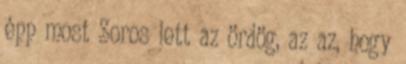
épp most Soros lett az ördög, az az, hogy